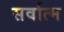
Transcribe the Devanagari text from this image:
सर्वात्म